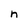
Character: n